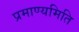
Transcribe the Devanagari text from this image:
प्रमाण्यमिति